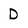
Character: D